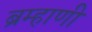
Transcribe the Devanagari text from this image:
ब्रम्हाणी